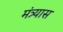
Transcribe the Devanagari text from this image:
मंत्र्यास